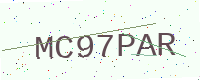
Text: MC97PAR